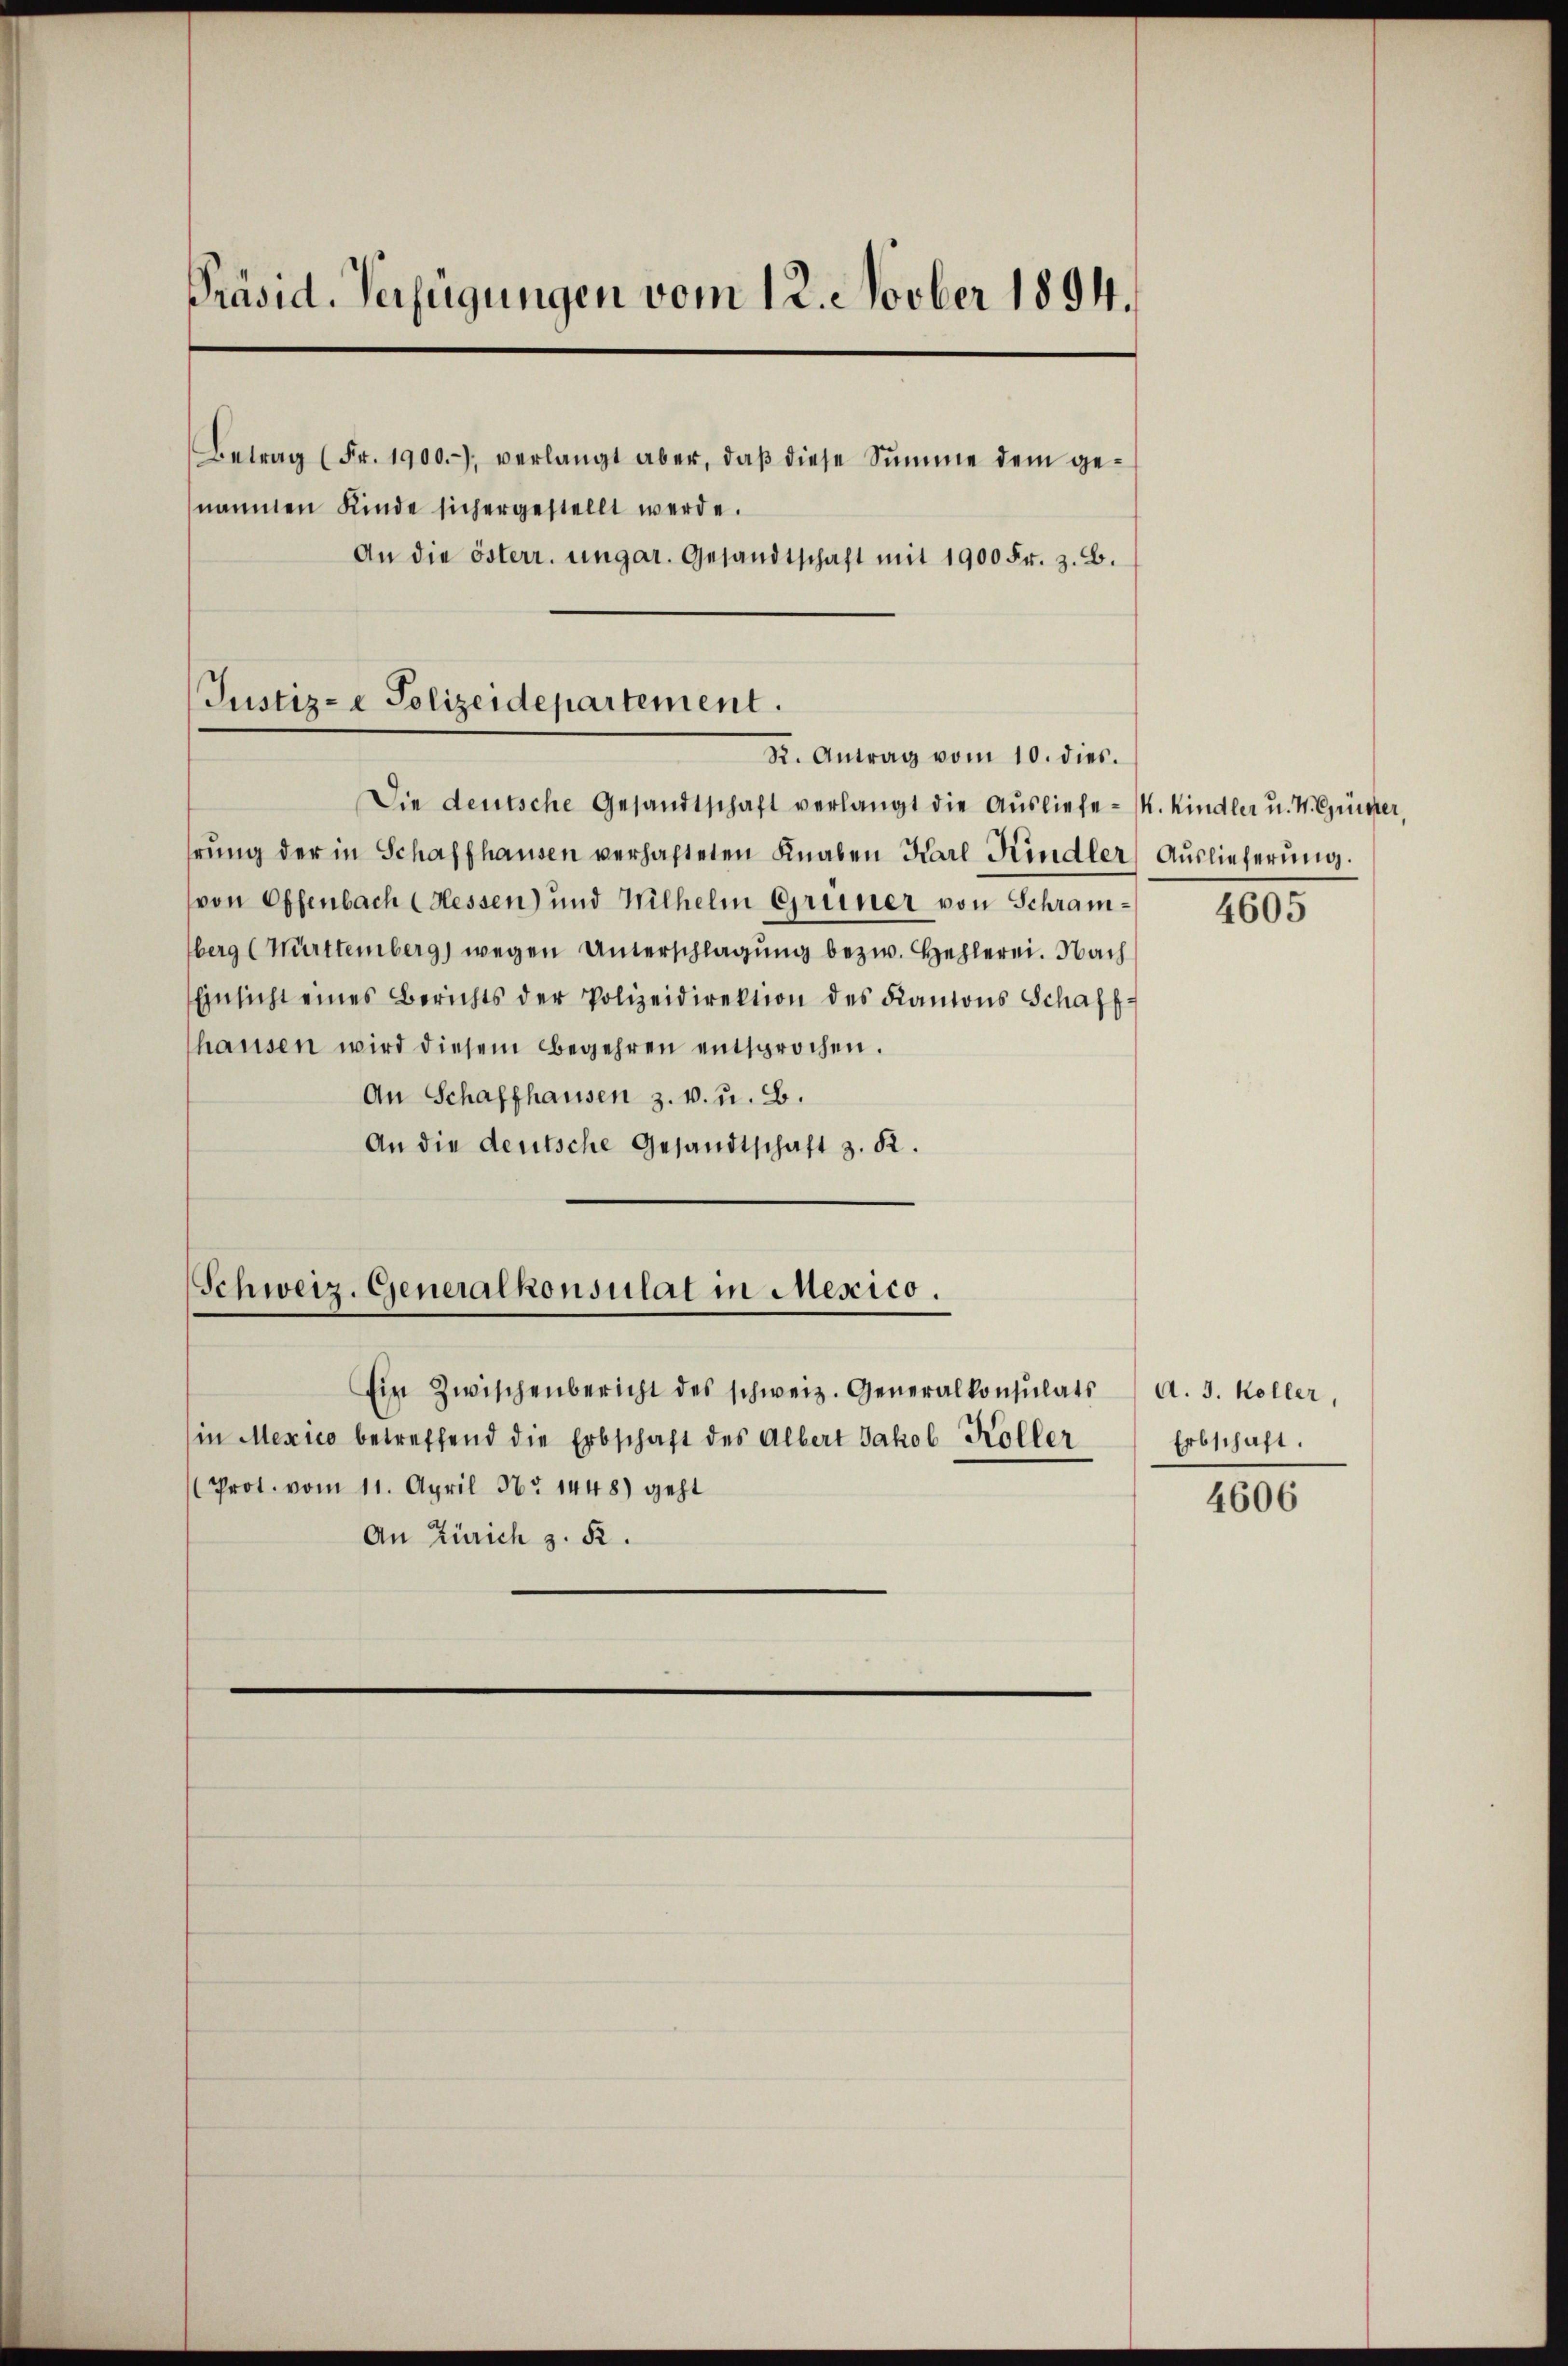
Präsid. Verfügungen vom 12. Novber 1894.
Betrag (Fr. 1900.-), verlangt aber, daβ diese Summe dem genammen Kinde sich ergestellt werde.
An die österr. ungar. Gesandtschaft mit 1900 Fr. z. B.

Justiz-e Polizeidepartement.
R. Antrag vom 10. dies.

Die deutsche Gesandtschaft verlangt die Ausliefe M. Kindler u. V. Christer,
rŭng der in Schaffhausen verhafteten Knaben Karl Kindler Auslieferung.
von Offenbach (Hessen) und Wilhelm Greiner von Schramberg (Württemberg) wegen Unterschlagung bezw. Hehlerei. Nach
Einsicht eines Berichts der Polizeidirektion des Kantons Schaff-
hausen wird diesem Begehren entsprochen.
An Schaffhausen z. v. u. B.
An die deutsche Gesandtschaft z. K.

Schweiz. Generalkonsulat in Mescico.

Ein Zwischenbericht des schweiz. Generalkonsulats A. 3. Koller,
in Mexico betreffend die Erbschaft des Albert Jakob Koller
Prot. vom 11. April No 1448) geht
An Zürich z. R.

4605

Erbschaft.

4606